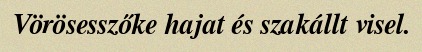
Vörösesszőke hajat és szakállt visel.